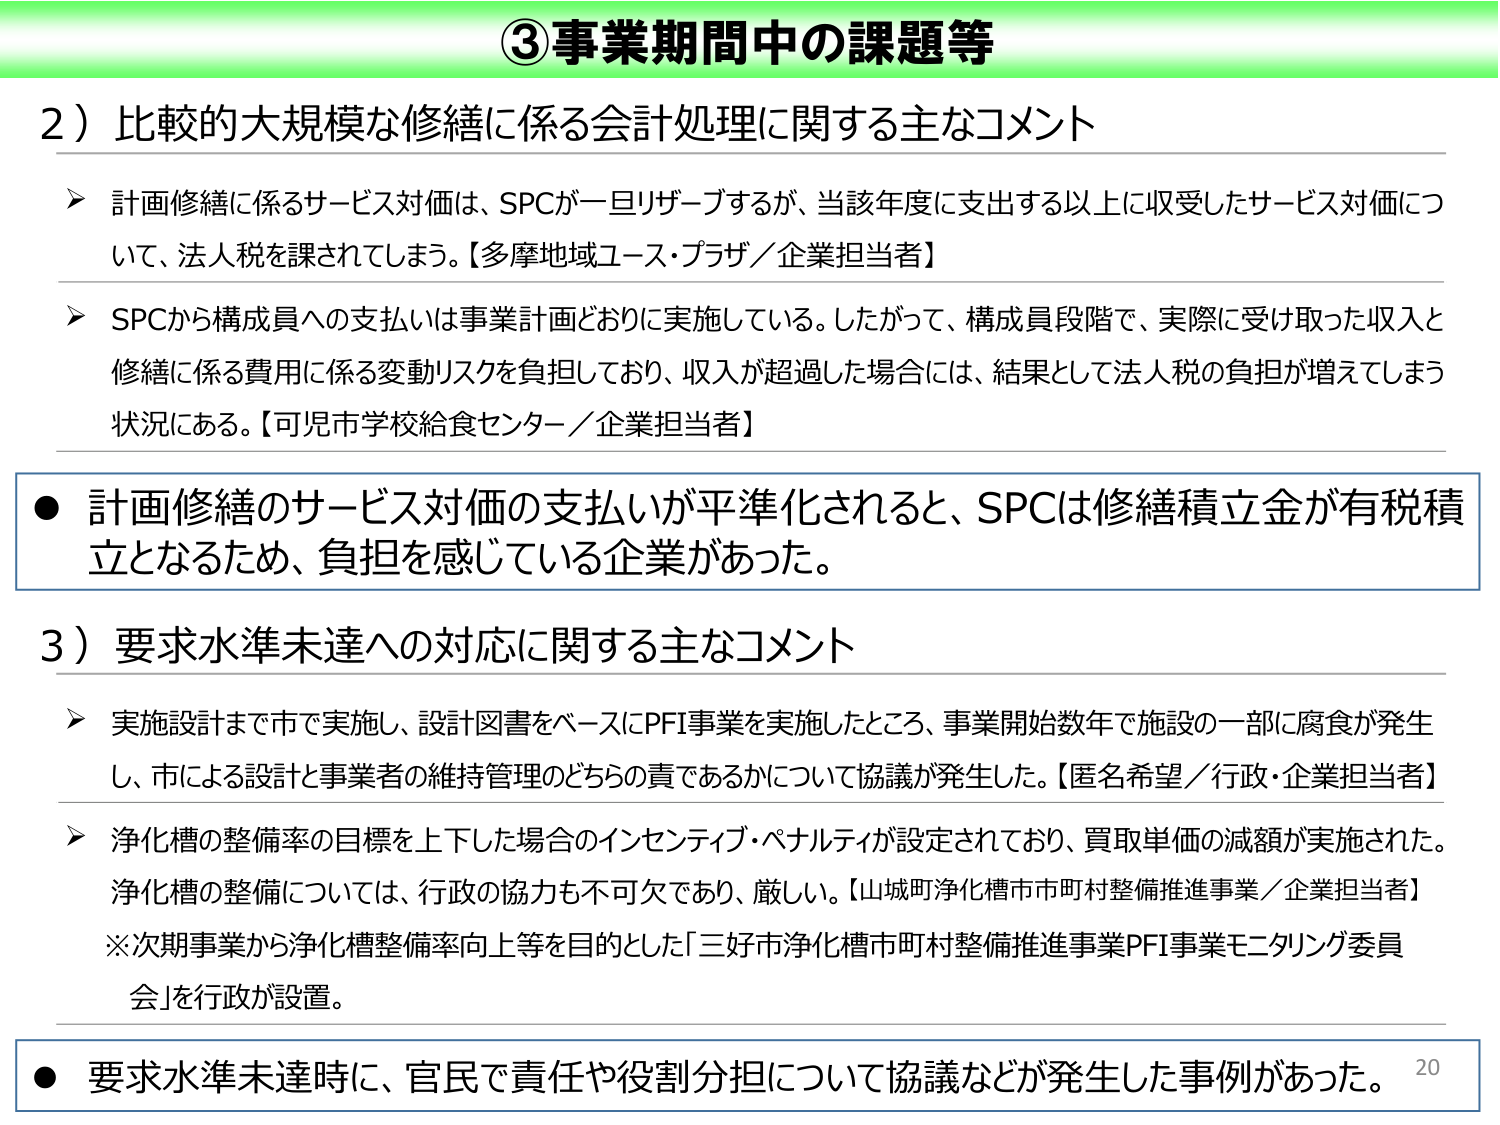
③事業期間中の課題等

2）比較的大規模な修繕に係る会計処理に関する主なコメント

▶ 計画修繕に係るサービス対価は、SPCが一旦リザーブするが、当該年度に支出する以上に収受したサービス対価について、法人税を課されてしまう。【多摩地域ユース・プラザ／企業担当者】

▶ SPCから構成員への支払いは事業計画どおりに実施している。したがって、構成員段階で、実際に受け取った収入と修繕に係る費用に係る変動リスクを負担しており、収入が超過した場合には、結果として法人税の負担が増えてしまう状況にある。【可児市学校給食センター／企業担当者】

● 計画修繕のサービス対価の支払いが平準化されると、SPCは修繕積立金が有税積立となるため、負担を感じている企業があった。

3）要求水準未達への対応に関する主なコメント

▶ 実施設計まで市で実施し、設計図書をベースにPFI事業を実施したところ、事業開始数年で施設の一部に腐食が発生し、市による設計と事業者の維持管理のどちらの責であるかについて協議が発生した。【匿名希望／行政・企業担当者】

▶ 浄化槽の整備率の目標を上下した場合のインセンティブ・ペナルティが設定されており、買取単価の減額が実施された。浄化槽の整備については、行政の協力も不可欠であり、厳しい。【山城町浄化槽市町村整備推進事業／企業担当者】

※次期事業から浄化槽整備率向上等を目的とした「三好市浄化槽市町村整備推進事業PFI事業モニタリング委員会」を行政が設置。

● 要求水準未達時に、官民で責任や役割分担について協議などが発生した事例があった。 20